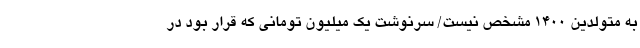
به متولدین ۱۴۰۰ مشخص نیست/ سرنوشت یک ‌میلیون تومانی که قرار بود در